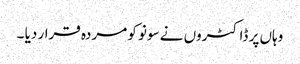
وہاں پر ڈاکٹروں نے سونو کو مردہ قرار دیا ۔